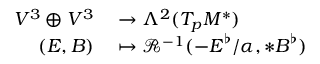
\begin{array} { r l } { V ^ { 3 } \oplus V ^ { 3 } } & { { } \to \Lambda ^ { 2 } ( T _ { p } M ^ { * } ) } \\ { ( \boldsymbol { E } , \boldsymbol { B } ) } & { { } \mapsto \mathcal { R } ^ { - 1 } ( - \boldsymbol { E } ^ { \flat } / \alpha , * \boldsymbol { B } ^ { \flat } ) } \end{array}